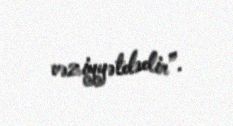
vəziyyətdədir”.